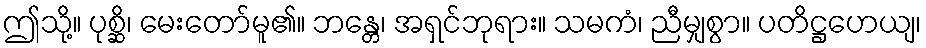
ဤသို့။ ပုစ္ဆိ၊ မေးတော်မူ၏။ ဘန္တေ၊ အရှင်ဘုရား။ သမကံ၊ ညီမျှစွာ။ ပတိဋ္ဌဟေယျ၊